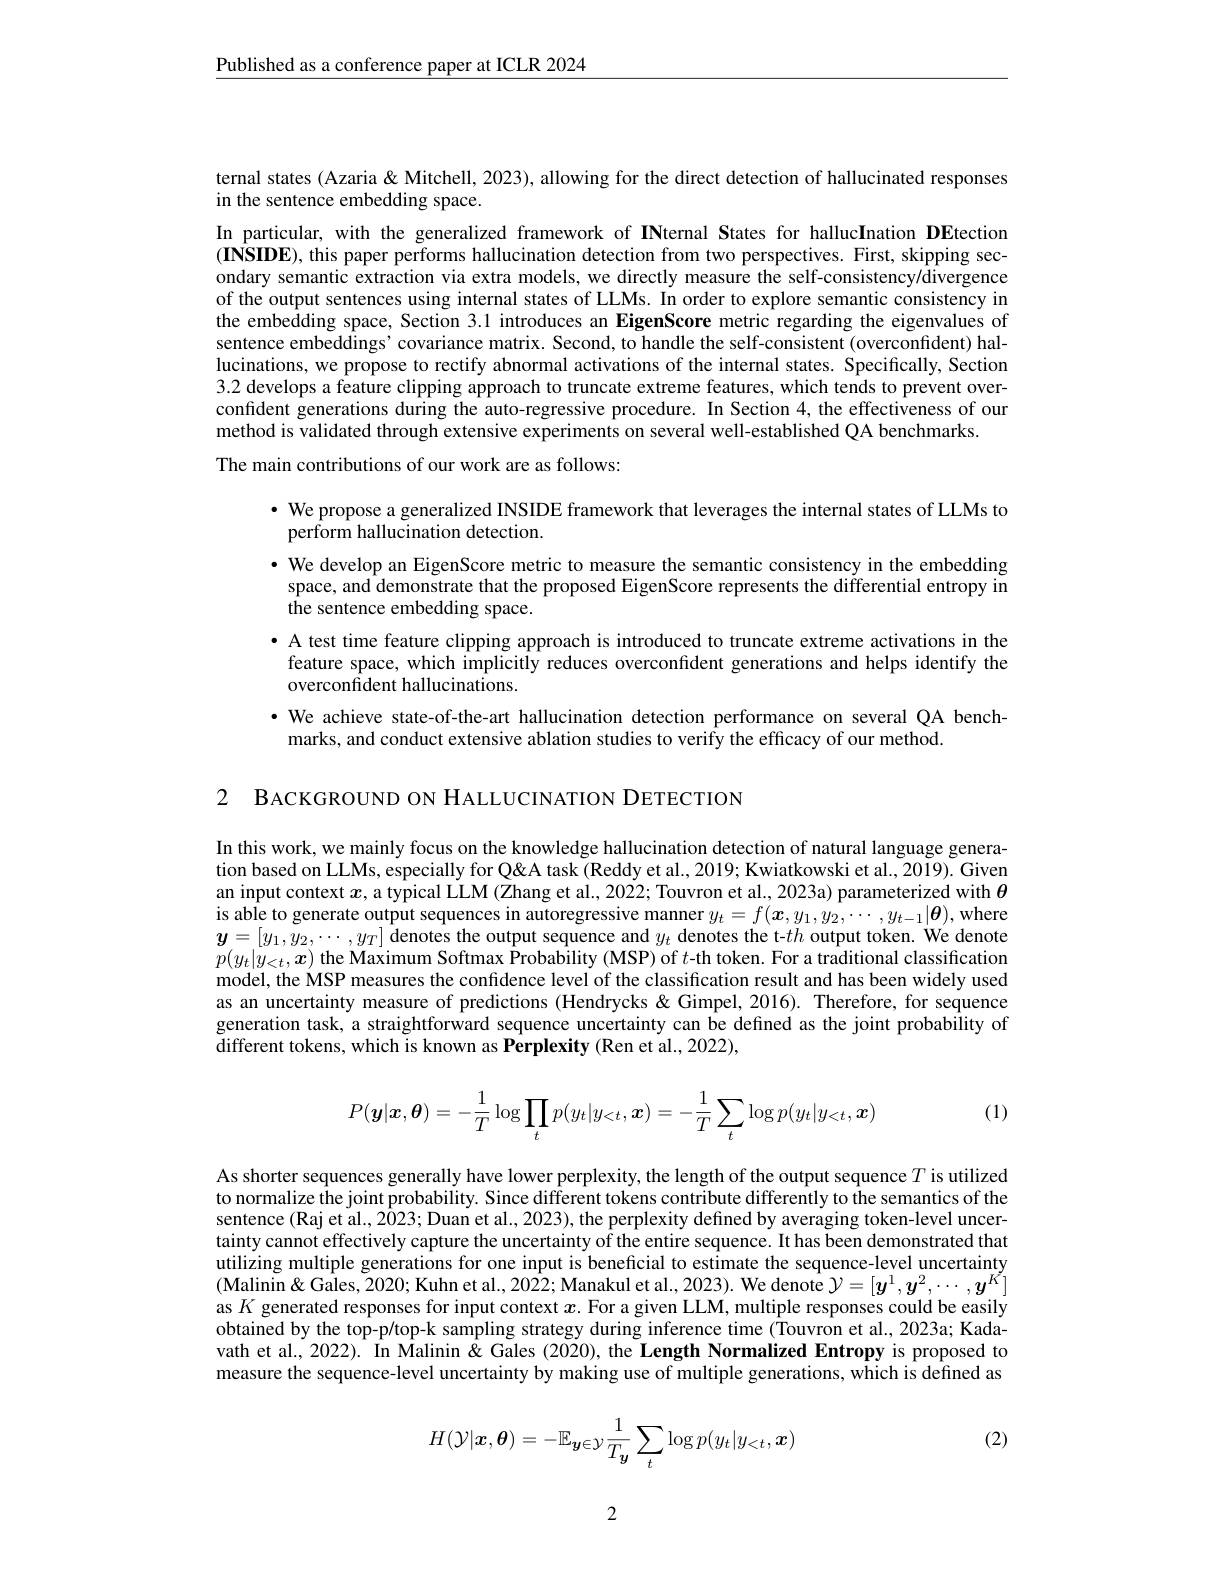
$\underline{\text{Published as a conference paper at ICLR 2024}}$

ternal states (Azaria & Mitchell, 2023), allowing for the direct detection of hallucinated responses
in the sentence embedding space.

In particular, with the generalized framework of INternal States for hallucInation DEtection $(\mathbf{INSIDE})$, this paper performs hallucination detection from two perspectives. First, skipping secondary semantic extraction via extra models, we directly measure the self-consistency/divergence of the output sentences using internal states of LLMs. In order to explore semantic consistency in the embedding space, Section 3.1 introduces an EigenScore metric regarding the eigenvalues of sentence embeddings' covariance matrix. Second, to handle the self-consistent (overconfident) hallucinations, we propose to rectify abnormal activations of the internal states. Specifically, Section 3.2 develops a feature clipping approach to truncate extreme features, which tends to prevent overconfident generations during the auto-regressive procedure. In Section 4, the effectiveness of our method is validated through extensive experiments on several well-established QA benchmarks.
The main contributions of our work are as follows:

$\bullet$ We propose a generalized INSIDE framework that leverages the internal states of LLMs to
perform hallucination detection.
· We develop an EigenScore metric to measure the semantic consistency in the embedding
space, and demonstrate that the proposed EigenScore represents the differential entropy in
the sentence embedding space.
$\bullet$ A test time feature clipping approach is introduced to truncate extreme activations in the feature space, which implicitly reduces overconfident generations and helps identify the overconfident hallucinations.
·We achieve state-of-the-art hallucination detection performance on several QA bench-
marks, and conduct extensive ablation studies to verify the efficacy of our method.

2 BACKGROUND ON HALLUCINATION DETECTION

In this work, we mainly focus on the knowledge hallucination detection of natural language generation based on LLMs, especially for Q' Kwiatkowski et al., 2019; Kwiatkowski et al., 2019). Given an input context $x$, a typical LLM (Zhang et al., 2022; Touvron et al., 2023a) parameterized with $\theta$ is able to generate output sequences in autoregressive manner $y_t=f(\boldsymbol{x},y_1,y_2,\cdots,y_{t-1}|\boldsymbol{\theta})$,where $\boldsymbol{y}=[y_1,y_2,\cdots,y_T]$ denotes the output sequence and $y_t$ denotes the t-$th$ output token. We denote $p(y_t|\dot{y}_{<t},\boldsymbol{x})$ the Maximum Softmax Probability (MSP) of $t$-th token. For a traditional classification model, the MSP measures the confidence level of the classification result and has been widely used as an uncertainty measure of predictions (Hendrycks &Gimpel, 2016). Therefore, for sequence generation task, a straightforward sequence uncertainty can be defined as the joint probability of different tokens, which is known as Perplexity (Ren et al., 2022),
$$P(\boldsymbol{y}|\boldsymbol{x},\boldsymbol{\theta})=-\dfrac{1}{T}\log\prod_tp(y_t|y_{<t},\boldsymbol{x})=-\dfrac{1}{T}\sum_t\log p(y_t|y_{<t},\boldsymbol{x})$$
(1)

As shorter sequences generally have lower perplexity, the length of the output sequence $T$ is utilized to normalize the joint probability. Since different tokens contribute differently to the semantics of the sentence (Raj et al., 2023; Duan et al., 2023), the perplexity defined by averaging token-level uncertainty cannot effectively capture the uncertainty of the entire sequence. It has been demonstrated that utilizing multiple generations for one input is beneficial to estimate the sequence-level uncertainty $( \text{Malini\"{ } Kuhn et al. , 2022; Manakul et al. , 2023) . We denote }\mathcal{Y} = [ \boldsymbol{y}^1, \boldsymbol{y}^2, \cdots , \boldsymbol{y}^{\acute{K} }]$ as $K$ generated responses for input context $x.$ For a given LLM, multiple responses could be easily obtained by the top-p/top-k sampling strategy during inference time (Touvron et al., 2023a; Kadavath et al., 2022). In Malinin & Gales (2020), the Length Normalized Entropy is proposed to measure the sequence-level uncertainty by making use of multiple generations, which is defined as

(2)
$$H(\mathcal{Y}|\boldsymbol{x},\boldsymbol{\theta})=-\mathbb{E}_{\boldsymbol{y}\in\mathcal{Y}}\frac{1}{T_{\boldsymbol{y}}}\sum_{t}\log p(y_{t}|y_{<t},\boldsymbol{x})$$
2